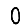
Digit: 0